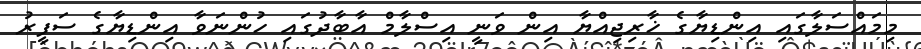
މިމައްސަލާގައި އިންޑިޔާގެ ޚާރިޖިއްޔާ އިން ވަނީ އިސްލާމް އާބާދުގައި ހުންނަވާ އިންޑިޔާގެ ސަފީރު